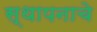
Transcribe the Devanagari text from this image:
स्थापनाचे